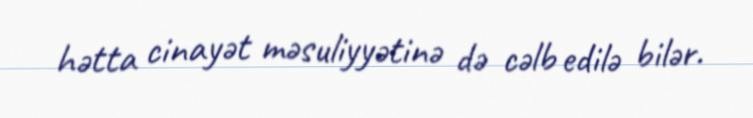
hətta cinayət məsuliyyətinə də cəlb edilə bilər.